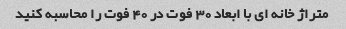
متراژ خانه ای با ابعاد 30 فوت در 40 فوت را محاسبه کنید